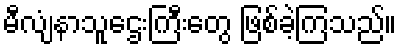
မီလျံနာသူဌေးကြီးတွေ ဖြစ်ခဲ့ကြသည်။